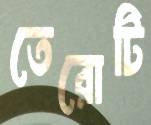
তেরোটি